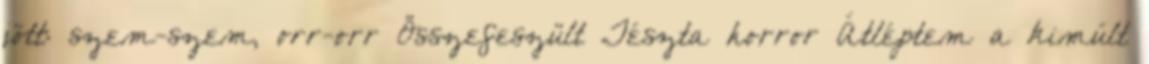
jött: szem-szem, orr-orr Összefeszült Tészta horror Átléptem a kimúlt